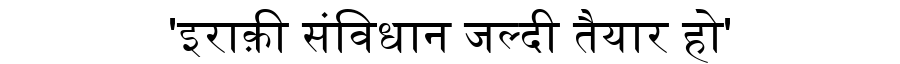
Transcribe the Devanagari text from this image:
'इराक़ी संविधान जल्दी तैयार हो'